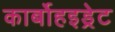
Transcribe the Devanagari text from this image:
कार्बोहइड्रेट